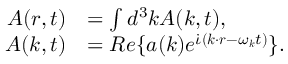
\begin{array} { r l } { \boldsymbol { A } ( \boldsymbol { r } , t ) } & { = \int d ^ { 3 } \boldsymbol { k } \boldsymbol { A } ( \boldsymbol { k } , t ) , } \\ { \boldsymbol { A } ( \boldsymbol { k } , t ) } & { = R e \{ \boldsymbol { a } ( \boldsymbol { k } ) e ^ { \dot { \iota } ( \boldsymbol { k \cdot r } - \omega _ { \boldsymbol { k } } t ) } \} . } \end{array}